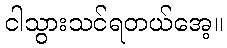
ငါသွားသင်ရတယ်အေ့။